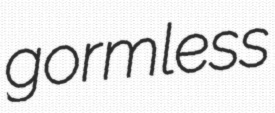
gormless